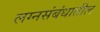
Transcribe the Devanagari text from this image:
लग्नसंबंधातील